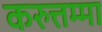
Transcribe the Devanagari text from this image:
करुत्तम्मा